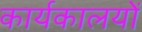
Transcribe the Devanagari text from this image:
कार्यकालयों